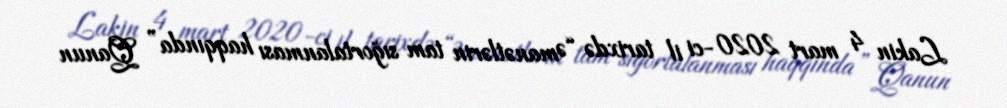
Lakin 4 mart 2020-ci il tarixdə “Əmanətlərin tam sığortalanması haqqında” Qanun